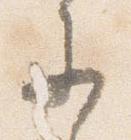
参